Document type: Oath
Year: 1447
Scribe: Pere Figuerola
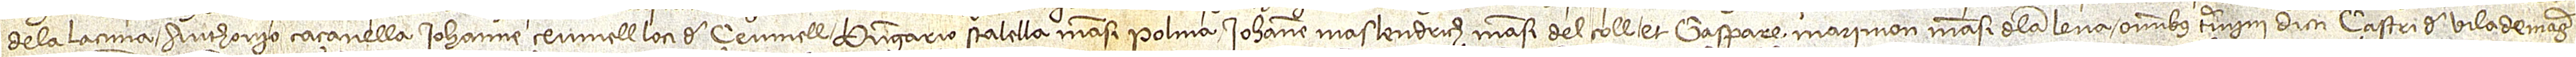
de la Lacuna, Anthonio Caçanella, Iohanne Ceumell, loci de Ceumell, Berengario Stalella, mansi Polina, Iohanne Maslendrich, mansi del Coll, et Gaspare Marimon, mansi de la Lena, omnibus termini dicti castri de Vilademager,